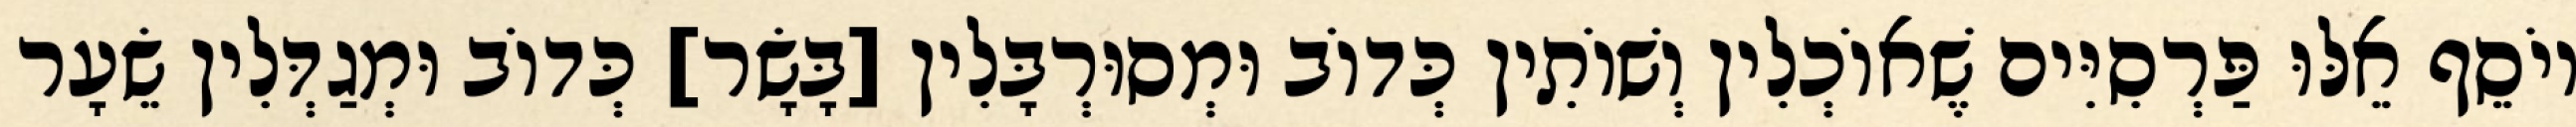
יוֹסֵף אֵלּוּ פַּרְסִיִּים שֶׁאוֹכְלִין וְשׁוֹתִין כְּדוֹב וּמְסוּרְבָּלִין [בָּשָׂר] כְּדוֹב וּמְגַדְּלִין שֵׂעָר